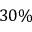
3 0 \%